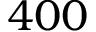
4 0 0